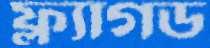
ফ্ল্যাগড